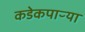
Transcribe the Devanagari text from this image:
कडेकपाऱ्या